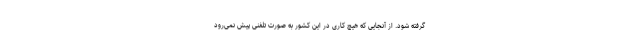
گرفته شود. از آنجایی که هیچ کاری در این کشور به صورت تلفنی پیش نمی‌رود